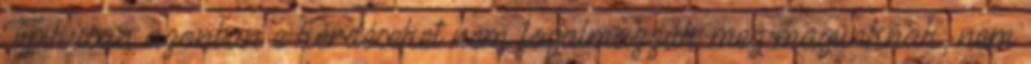
Tipikusan azonban e kérdéseket nem fogalmazzuk meg magunknak, nem